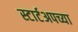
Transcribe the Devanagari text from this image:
स्टार्टअपच्या